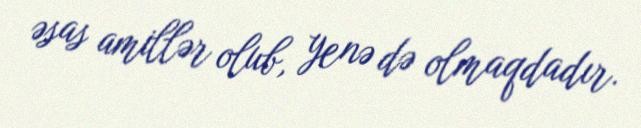
əsas amillər olub, yenə də olmaqdadır.